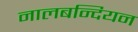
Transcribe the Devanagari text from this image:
नालबन्दियन